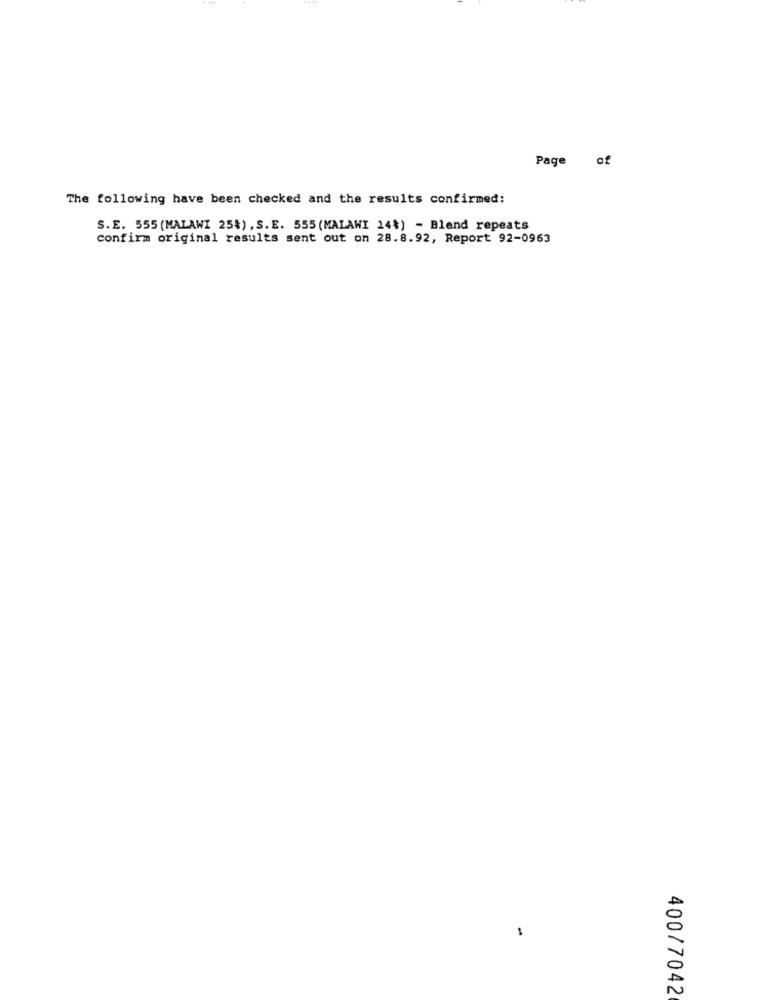
Page of
The following have been checked and the results confirmed:
S.E. 555 (MALAWI 25%) , S.E. 555 (MALAWI 14%) - Blend repeats
confirm original results sent out on 28.8.92, Report 92-0963
1
400/7042